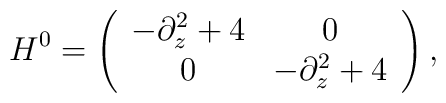
H^0 = \left(\begin{array}{cc}-\partial_z^2+4 & 0 \\0 & -\partial_z^2 +4\end{array}\right),